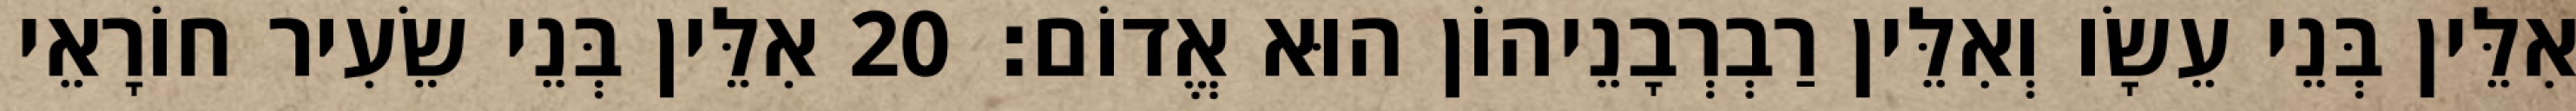
אִלֵּין בְּנֵי עֵשָׂו וְאִלֵּין רַבְרְבָנֵיהוֹן הוּא אֱדוֹם׃ 20 אִלֵּין בְּנֵי שֵׂעִיר חוֹרָאֵי